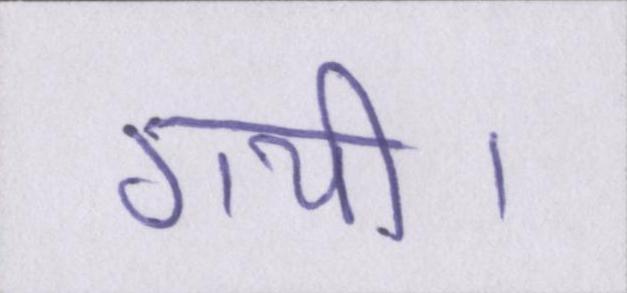
गयी।